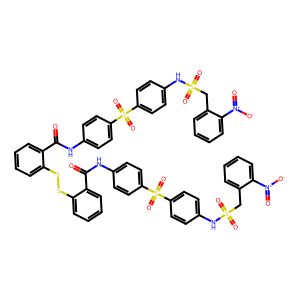
SMILES: O=C(Nc1ccc(S(=O)(=O)c2ccc(NS(=O)(=O)Cc3ccccc3[N+](=O)[O-])cc2)cc1)c1ccccc1SSc1ccccc1C(=O)Nc1ccc(S(=O)(=O)c2ccc(NS(=O)(=O)Cc3ccccc3[N+](=O)[O-])cc2)cc1
Inhibits HIV replication: Yes